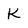
Character: K